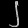
Digit: ၂